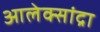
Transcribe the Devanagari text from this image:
आलेक्सांद्रा